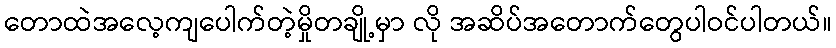
တောထဲအလေ့ကျပေါက်တဲ့မှိုတချို့မှာ လို အဆိပ်အတောက်တွေပါဝင်ပါတယ်။